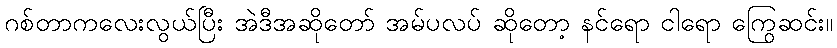
ဂစ်တာကလေးလွယ်ပြီး အဲဒီအဆိုတော် အမ်ပလပ် ဆိုတော့ နင်ရော ငါရော ကြွေဆင်း။